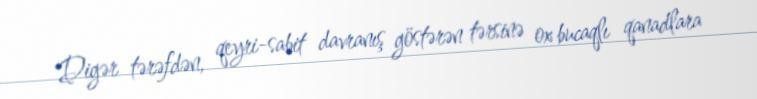
Digər tərəfdən, qeyri-sabit davranış göstərən tərsinə ox bucaqlı qanadlara